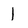
Character: 1